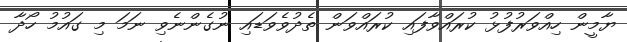
ޔާމީން ހިއްވަރުފުޅު ކުރައްވާފައި ކުރައްވަން ތެދުވެވަޑައި ނުގެންނެވި ނަމަ މި ގައުމު ހޯދާ